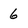
Character: 6